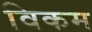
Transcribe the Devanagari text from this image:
विकम